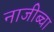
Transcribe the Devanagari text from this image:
नाजीब्चा